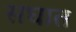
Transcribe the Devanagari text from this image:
सघात